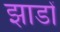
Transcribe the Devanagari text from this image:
झाडों